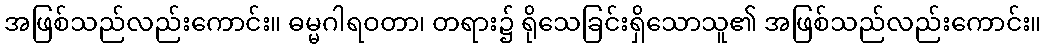
အဖြစ်သည်လည်းကောင်း။ ဓမ္မဂါရဝတာ၊ တရား၌ ရိုသေခြင်းရှိသောသူ၏ အဖြစ်သည်လည်းကောင်း။